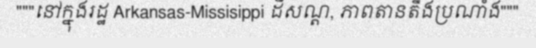
"""នៅក្នុងរដ្ឋ Arkansas-Missisippi ដីសណ្ត, ភាពតានតឹងប្រណាំង"""